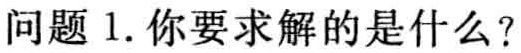
问题 1. 你要求解的是什么？